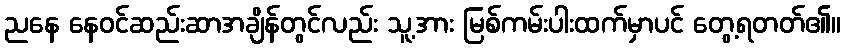
ညနေ နေဝင်ဆည်းဆာအချိန်တွင်လည်း သူ့အား မြစ်ကမ်းပါးထက်မှာပင် တွေ့ရတတ်၏။